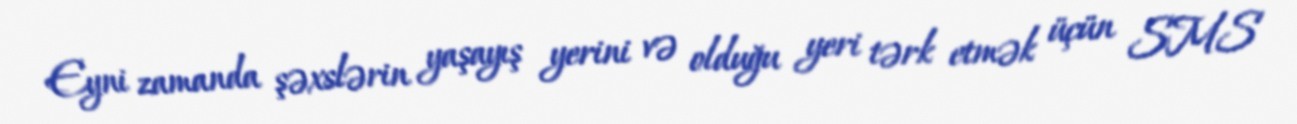
Eyni zamanda şəxslərin yaşayış yerini və olduğu yeri tərk etmək üçün SMS